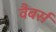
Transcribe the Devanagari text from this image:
वैबर्स